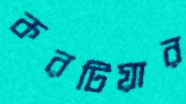
করটিয়ার